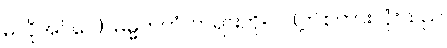
မလိုအပ်ပေ)။ ဓမ္မတတံ၊ တရားကို။ ဝ်၊ (ဤစကားလုံးသည်